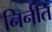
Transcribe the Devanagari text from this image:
निर्नति